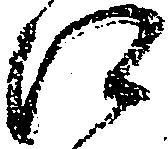
江